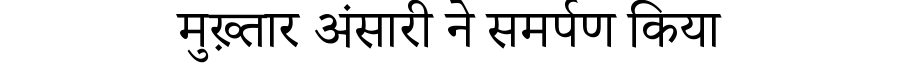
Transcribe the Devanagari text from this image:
मुख़्तार अंसारी ने समर्पण किया